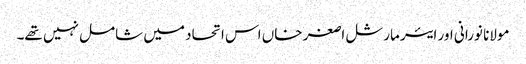
مولانا نورانی اور ایئر مارشل اصغر خاں اس اتحاد میں شامل نہیں تھے۔